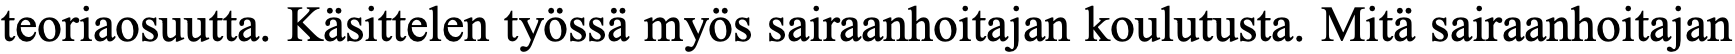
teoriaosuutta. Käsittelen työssä myös sairaanhoitajan koulutusta. Mitä sairaanhoitajan